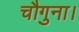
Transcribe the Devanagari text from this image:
चौगुना।